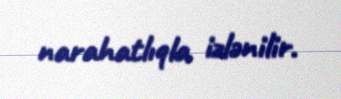
narahatlıqla izlənilir.